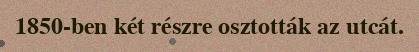
1850-ben két részre osztották az utcát.